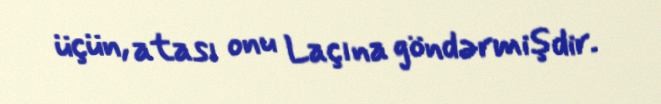
üçün, atası onu Laçına göndərmişdir.